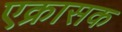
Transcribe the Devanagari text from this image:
एक्रासक